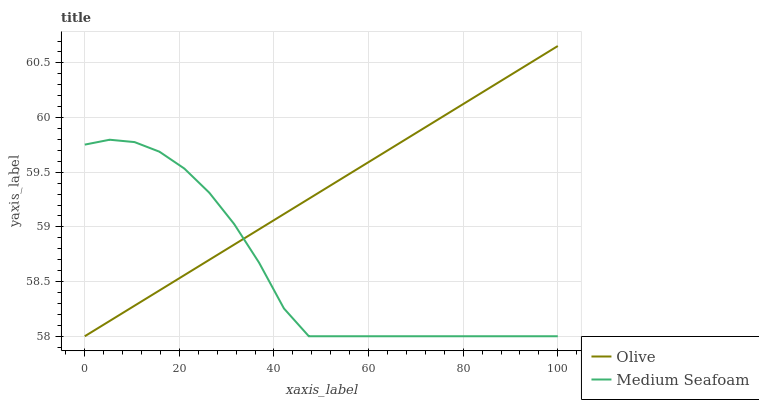
| xaxis_label | Olive | Medium Seafoam |
 | --- | --- | --- |
 | 0 | 58 | 59.8 |
 | 5.26 | 58.1 | 59.8 |
 | 10.5 | 58.3 | 59.8 |
 | 15.8 | 58.4 | 59.7 |
 | 21.1 | 58.6 | 59.5 |
 | 26.3 | 58.7 | 59.3 |
 | 31.6 | 58.8 | 59 |
 | 36.8 | 59 | 58.7 |
 | 42.1 | 59.1 | 58.3 |
 | 47.4 | 59.3 | 58 |
 | 52.6 | 59.4 | 58 |
 | 57.9 | 59.5 | 58 |
 | 63.2 | 59.7 | 58 |
 | 68.4 | 59.8 | 58 |
 | 73.7 | 60 | 58 |
 | 78.9 | 60.1 | 58 |
 | 84.2 | 60.2 | 58 |
 | 89.5 | 60.4 | 58 |
 | 94.7 | 60.5 | 58 |
 | 100 | 60.7 | 58 |